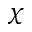
\chi